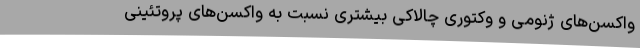
واکسن‌های ژنومی و وکتوری چالاکی بیشتری نسبت به واکسن‌های پروتئینی